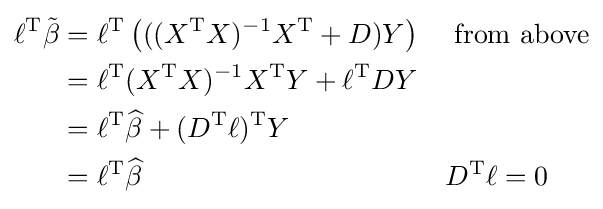
{\begin{aligned}\ell ^{\operatorname {T} }{\tilde {\beta }}&=\ell ^{\operatorname {T} }\left(((X^{\operatorname {T} }X)^{-1}X^{\operatorname {T} }+D)Y\right)&&{\text{ from above}}\\&=\ell ^{\operatorname {T} }(X^{\operatorname {T} }X)^{-1}X^{\operatorname {T} }Y+\ell ^{\operatorname {T} }DY\\&=\ell ^{\operatorname {T} }{\widehat {\beta }}+(D^{\operatorname {T} }\ell )^{\operatorname {T} }Y\\&=\ell ^{\operatorname {T} }{\widehat {\beta }}&&D^{\operatorname {T} }\ell =0\end{aligned}}